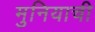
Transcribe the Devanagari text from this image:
मुनियाची